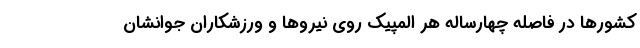
کشورها در فاصله چهارساله هر المپیک روی نیروها و ورزشکاران جوانشان